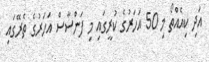
އަދި ކިއެއްތޯ މި 50 އަހަރުގެ ކުރީގައި މި ފަންސާސް އަހަރުގެ ތެރޭގައި